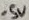
Text: -5V